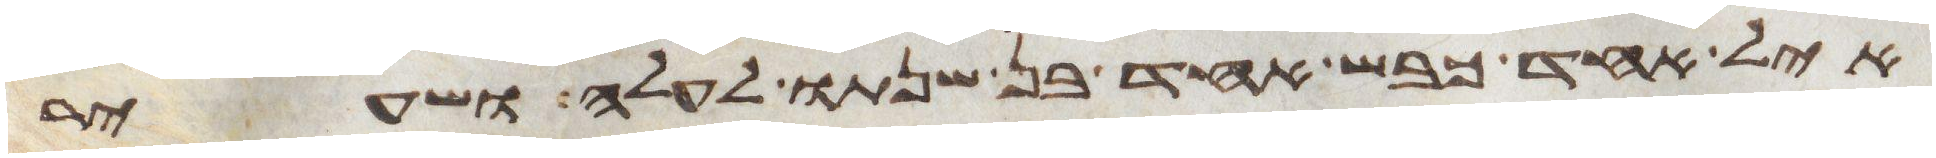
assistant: איל אחד כבש אחד בן שנתו לעלה ושעיר